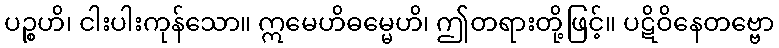
ပဉ္စဟိ၊ ငါးပါးကုန်သော။ ဣမေဟိဓမ္မေဟိ၊ ဤတရားတို့ဖြင့်။ ပဋိဝိနေတဗ္ဗော